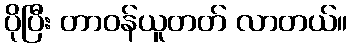
ပိုပြီး တာဝန်ယူတတ် လာတယ်။